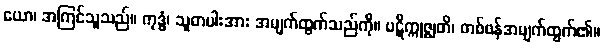
ယော၊ အကြင်သူသည်။ ကုဒ္ဓံ၊ သူတပါးအား အမျက်ထွက်သည်ကို။ ပဋိက္ကုဇ္ဈတိ၊ တစ်ဖန်အမျက်ထွက်၏။